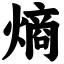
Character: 熵